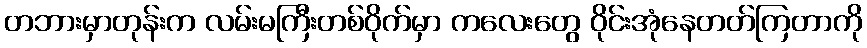
တဘားမှာတုန်းက လမ်းမကြီးတစ်ဝိုက်မှာ ကလေးတွေ ဝိုင်းအုံနေတတ်ကြတာကို